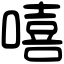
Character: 嘻